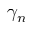
\gamma _ { n }